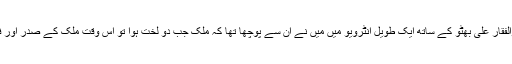
جولائی 1973 میں لندن میں ذوالفقار علی بھٹو کے ساتھ ایک طویل انٹرویو میں میں نے ان سے پوچھا تھا کہ ملک جب دو لخت ہوا تو اس وقت ملک کے صدر اور فوج کے سربراہ یحییٰ خان تھے۔